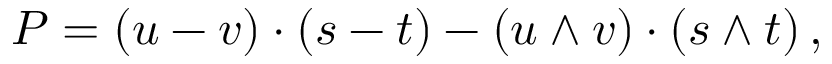
P = ( u - v ) \cdot ( s - t ) - ( u \wedge v ) \cdot ( s \wedge t ) \, ,